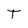
Character: T